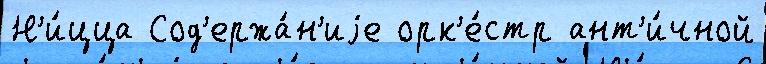
Н'и́цца Сод'ержа́н'иjе орк'е́стр ант'и́чной